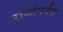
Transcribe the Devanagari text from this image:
राजांपर्यंत